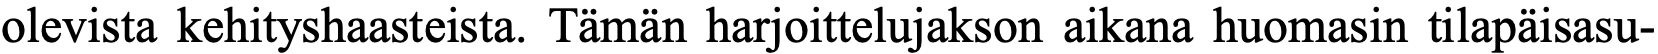
olevista kehityshaasteista. Tämän harjoittelujakson aikana huomasin tilapäisasu-